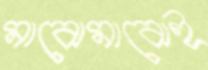
মাঝেমাঝেই